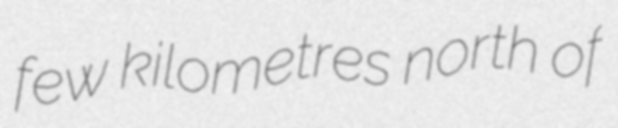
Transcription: few kilometres north of